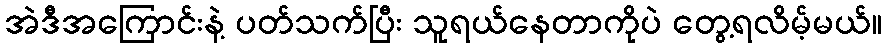
အဲဒီအကြောင်းနဲ့ ပတ်သက်ပြီး သူရယ်နေတာကိုပဲ တွေ့ရလိမ့်မယ်။